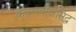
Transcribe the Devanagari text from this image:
कवचबीजसिद्ध